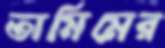
তামিমের